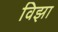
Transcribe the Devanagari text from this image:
विझा